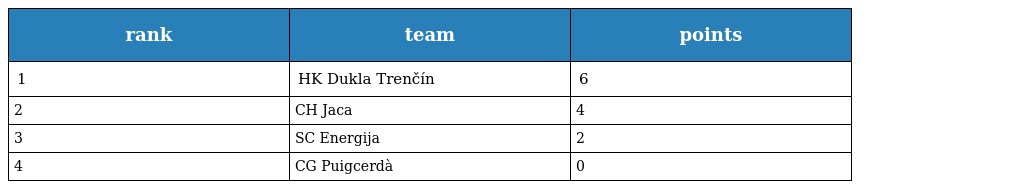
| rank | team | points |
 | --- | --- | --- |
 | 1 | HK Dukla Trenčín | 6 |
 | 2 | CH Jaca | 4 |
 | 3 | SC Energija | 2 |
 | 4 | CG Puigcerdà | 0 |